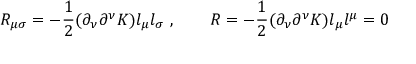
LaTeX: R _ { \mu \sigma } = - { \frac { 1 } { 2 } } ( \partial _ { \nu } \partial ^ { \nu } K ) l _ { \mu } l _ { \sigma } \ , \qquad R = - { \frac { 1 } { 2 } } ( \partial _ { \nu } \partial ^ { \nu } K ) l _ { \mu } l ^ { \mu } = 0